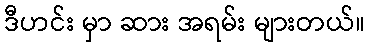
ဒီဟင်း မှာ ဆား အရမ်း များတယ်။